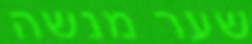
שער מנשה